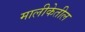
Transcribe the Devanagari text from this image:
मालीकेतील